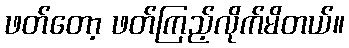
ဖတ်တော့ ဖတ်ကြည့်လိုက်မိတယ်။